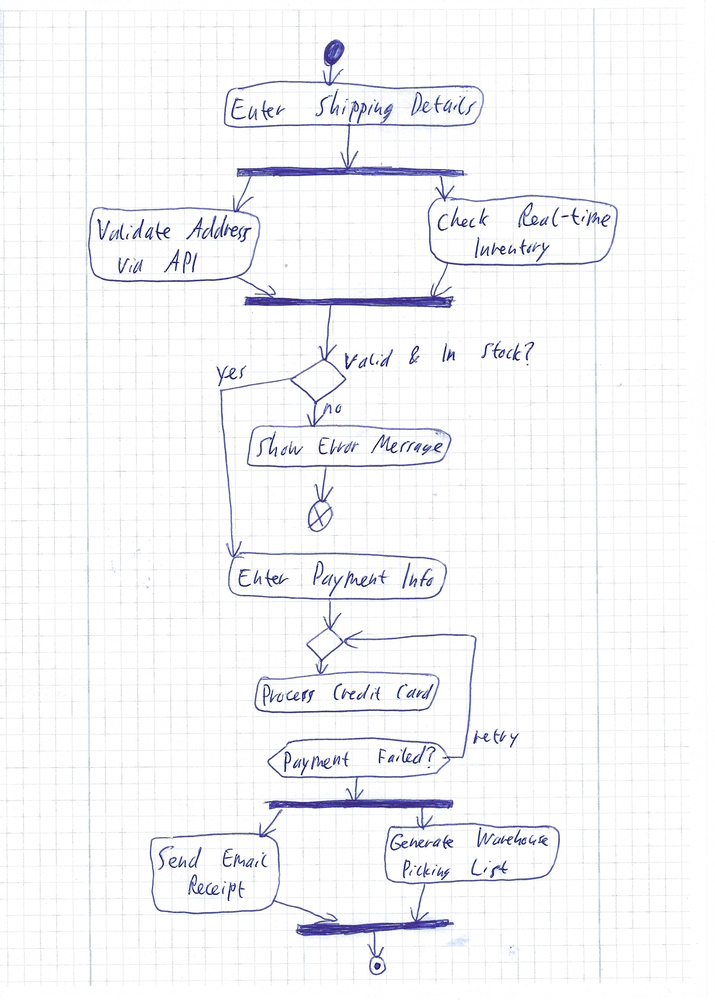
Diagram type: activity_diagram
```plantuml
@startuml

start
:Enter Shipping Details;
fork
  :Validate Address via API;
fork again
  :Check Real-time Inventory;
end fork
if (Valid & In Stock?) then (no)
  :Show Error Message;
  end
else (yes)
  :Enter Payment Info;
  repeat
    :Process Credit Card;
  repeat while (Payment Failed?) is (retry)
  fork
    :Send Email Receipt;
  fork again
    :Generate Warehouse Picking List;
  end fork
  stop
endif

@enduml
```